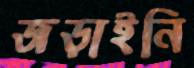
জড়াইনি